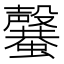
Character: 𣫣